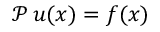
\mathcal { P } \, u ( x ) = f ( x )